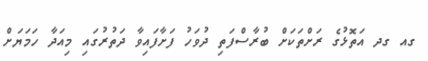
ގއ ގދ އަތޮޅުގެ ރަށްތަކަށް ބުރާސްފަތި ދުވަހު ފަށާފައިވާ ދަތުރުގައި މިއަދާ ހަމަޔަށް